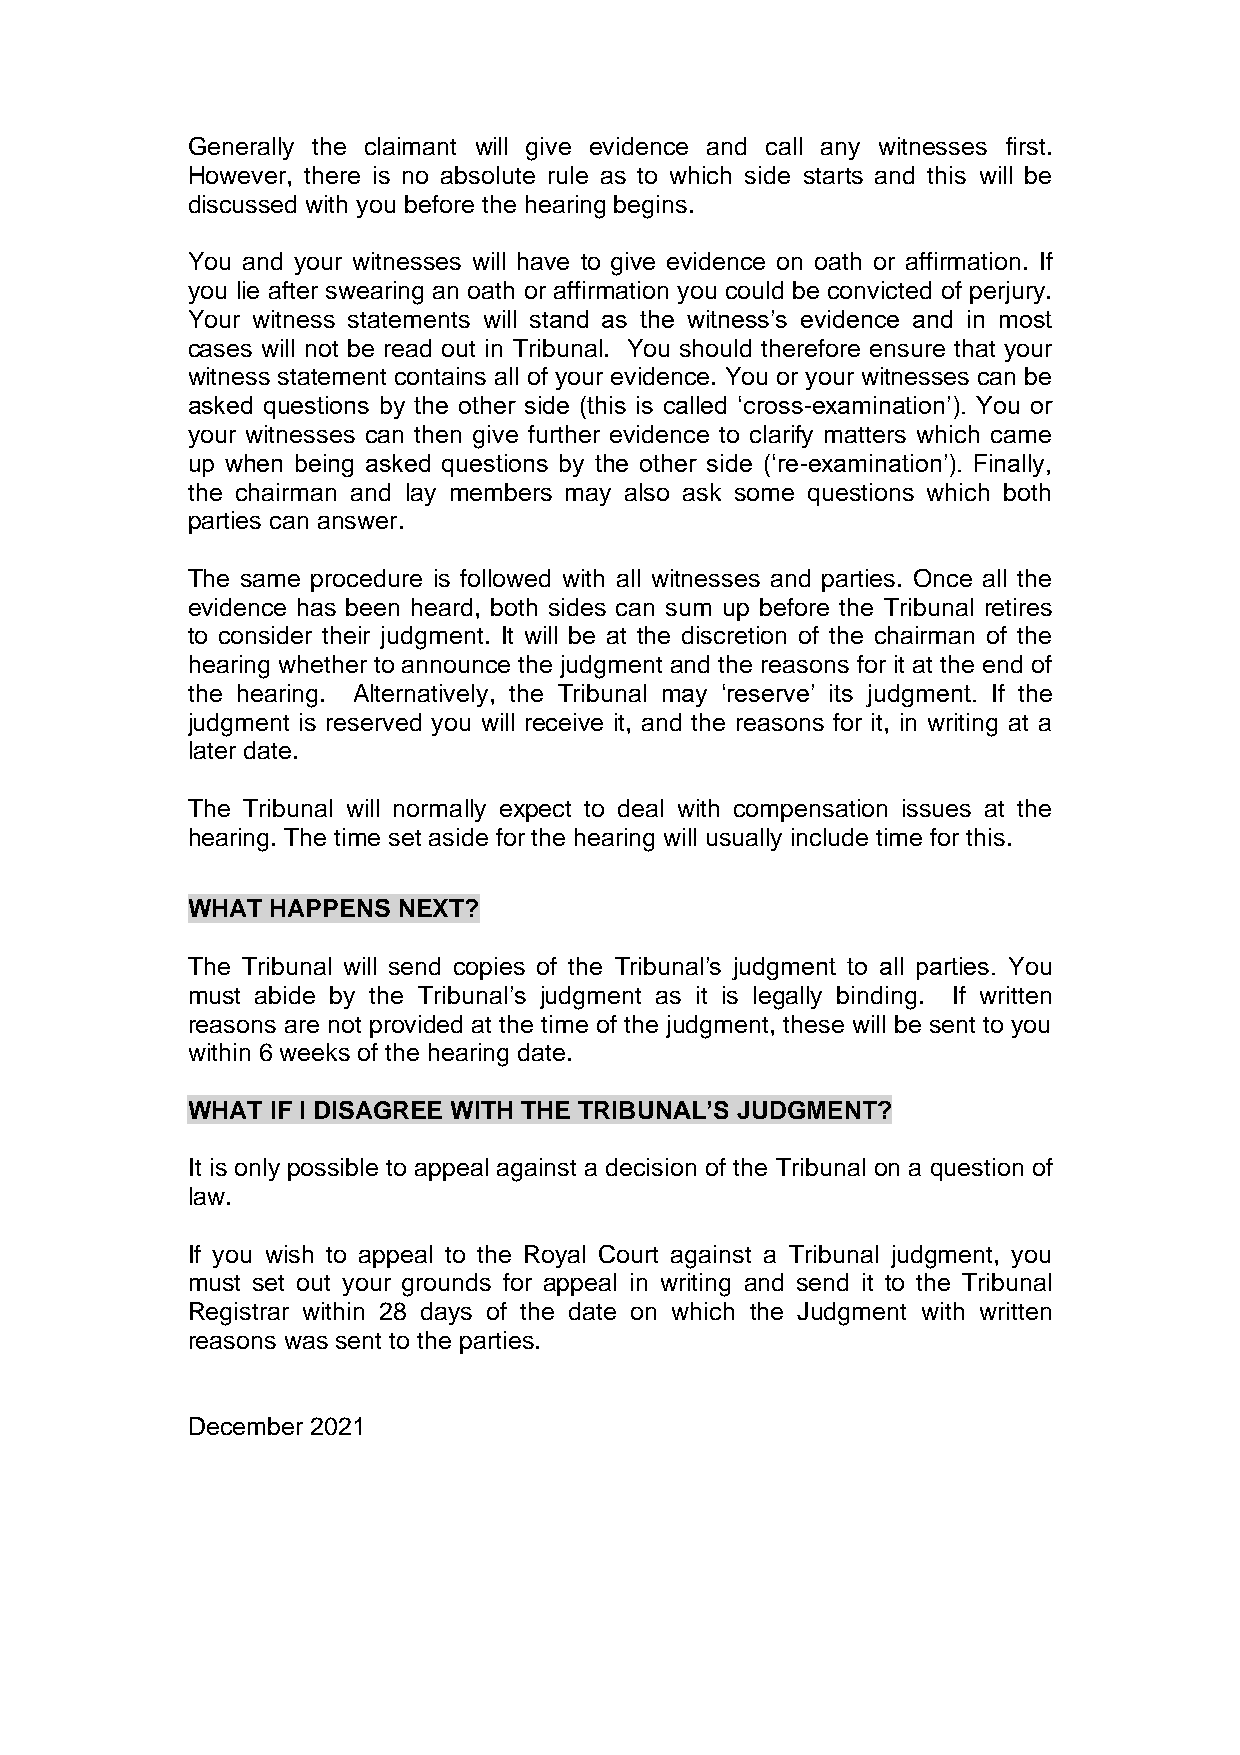
Generally the claimant will give evidence and call any witnesses first.
 However, there is no absolute rule as to which side starts and this will be
 discussed with you before the hearing begins.
 You and your witnesses will have to give evidence on oath or affirmation. If
 you lie after swearing an oath or affirmation you could be convicted of perjury.
 Your witness statements will stand as the witness’s evidence and in most
 cases will not be read out in Tribunal. You should therefore ensure that your
 witness statement contains all of your evidence. You or your witnesses can be
 asked questions by the other side (this is called ‘cross-examination’). You or
 your witnesses can then give further evidence to clarify matters which came
 up when being asked questions by the other side (‘re-examination’). Finally,
 the chairman and lay members may also ask some questions which both
 parties can answer.
 The same procedure is followed with all witnesses and parties. Once all the
 evidence has been heard, both sides can sum up before the Tribunal retires
 to consider their judgment. It will be at the discretion of the chairman of the
 hearing whether to announce the judgment and the reasons for it at the end of
 the hearing. Alternatively, the Tribunal may ‘reserve’ its judgment. If the
 judgment is reserved you will receive it, and the reasons for it, in writing at a
 later date.
 The Tribunal will normally expect to deal with compensation issues at the
 hearing. The time set aside for the hearing will usually include time for this.
 WHAT  HAPPENS NEXT?
 The Tribunal will send copies of the Tribunal’s judgment to all parties. You
 must abide by the Tribunal’s judgment as it is legally binding. If written
 reasons are not provided at the time of the judgment, these will be sent to you
 within 6 weeks of the hearing date.
 WHAT  IF I DISAGREE WITH THE TRIBUNAL’S JUDGMENT?
 It is only possible to appeal against a decision of the Tribunal on a question of
 law.
 If you wish to appeal to the Royal Court against a Tribunal judgment, you
 must set out your grounds for appeal in writing and send it to the Tribunal
 Registrar within 28 days of the date on which the Judgment with written
 reasons was sent to the parties.
 December 2021